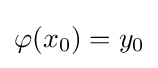
\varphi (x_{0})=y_{0}